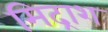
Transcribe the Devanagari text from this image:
मिद्राश